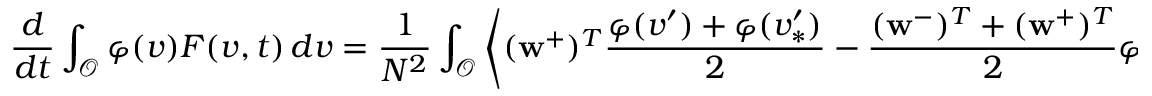
\frac { d } { d t } \int _ { \mathcal { O } } \varphi ( v ) F ( v , t ) \, d v = \frac { 1 } { N ^ { 2 } } \int _ { \mathcal { O } } \left\langle ( \mathbf { w } ^ { + } ) ^ { T } \frac { \varphi ( v ^ { \prime } ) + \varphi ( v _ { \ast } ^ { \prime } ) } { 2 } - \frac { ( \mathbf { w } ^ { - } ) ^ { T } + ( \mathbf { w } ^ { + } ) ^ { T } } { 2 } \varphi ( v ) \right\rangle \mathbf { f } ( v , t ) \, d v .